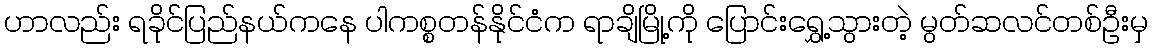
ဟာလည်း ရခိုင်ပြည်နယ်ကနေ ပါကစ္စတန်နိုင်ငံက ရာချိမြို့ကို ပြောင်းရွှေ့သွားတဲ့ မွတ်ဆလင်တစ်ဦးမှ